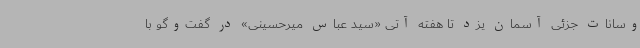
وسانات جزئی آسمان یزد تا هفته آتی «سید عباس میرحسینی» در گفت‌وگو با